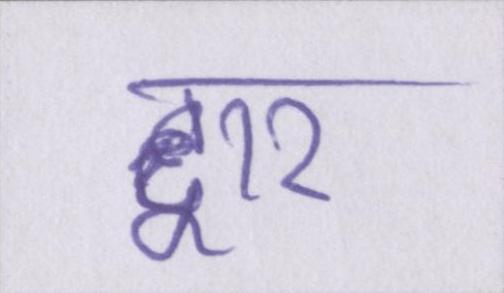
द्वार